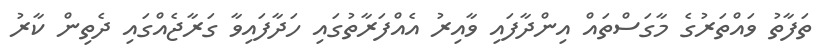
ތަފާތު ވައްތަރުގެ މާގަސްތައް އިންދާފައި ވާއިރު އެއްފަރާތުގައި ހަދާފައިވާ ގަރާޖެއްގައި ދެތިން ކާރު